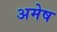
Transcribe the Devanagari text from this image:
अमेष